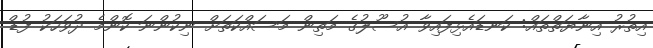
އިތުރު އިނާޔަތްތައް: ކަނޑައެޅިފައިވާ އުސޫލުގެ މަތިން މަސައްކަތަށް ނިކުންނަ ކޮންމެ ދުވަހަކު ފުޑް